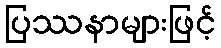
ပြဿနာများဖြင့်